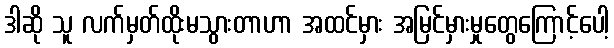
ဒါဆို သူ လက်မှတ်ထိုးမသွားတာဟာ အထင်မှား အမြင်မှားမှုတွေကြောင့်ပေါ့